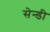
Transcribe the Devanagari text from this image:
सेन्डी